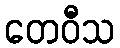
တေဝီသ